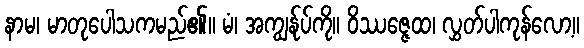
နာမ၊ မာတုပေါသကမည်၏။ မံ၊ အကျွန်ုပ်ကို။ ဝိဿဇ္ဇေထ၊ လွှတ်ပါကုန်လော့။